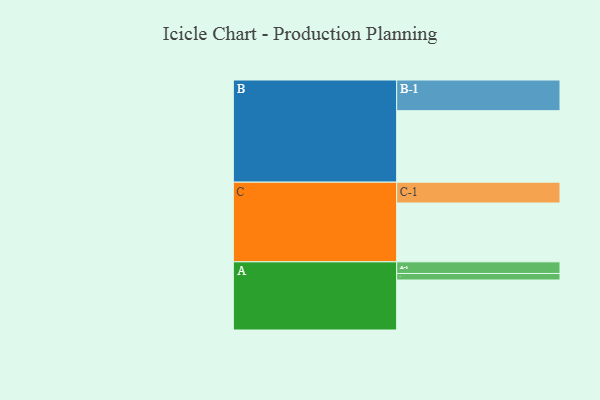
{"axis": {"x": "Segment", "y": "Value"}, "legend": ["", "A", "B", "C"], "data": [{"x": "A", "y": 391, "type": ""}, {"x": "B", "y": 559, "type": ""}, {"x": "C", "y": 460, "type": ""}, {"x": "A-1", "y": 91, "type": "A"}, {"x": "A-2", "y": 51, "type": "A"}, {"x": "B-1", "y": 240, "type": "B"}, {"x": "C-1", "y": 163, "type": "C"}]}